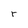
Character: T